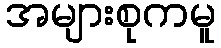
အများစုကမူ